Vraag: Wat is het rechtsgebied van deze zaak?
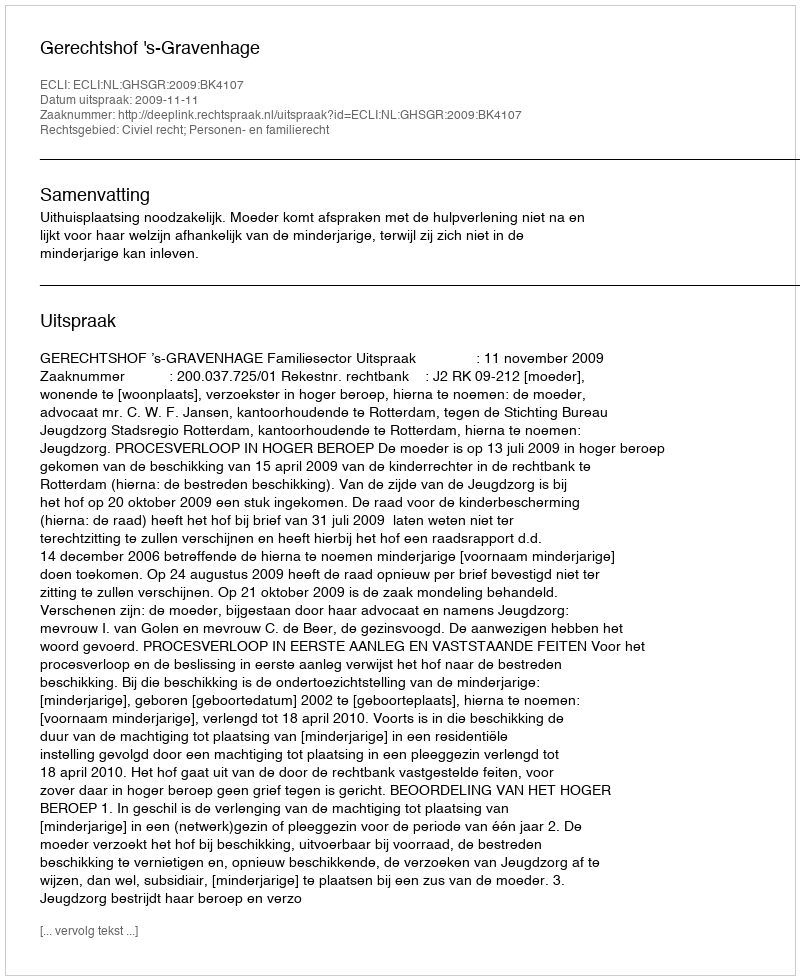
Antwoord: Civiel recht; Personen- en familierecht